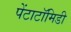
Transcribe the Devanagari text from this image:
पेंटाटॉमिडी